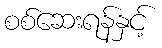
စစ်ဆေးရန်နှင့်